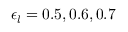
\epsilon _ { l } = 0 . 5 , 0 . 6 , 0 . 7